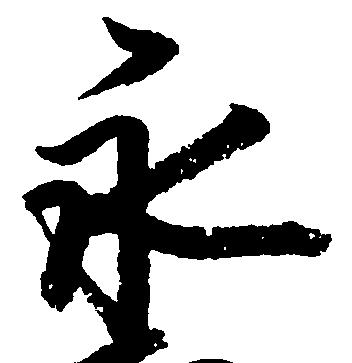
永